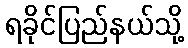
ရခိုင်ပြည်နယ်သို့